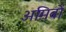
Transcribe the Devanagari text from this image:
अमिबों